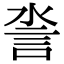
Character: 𧥿